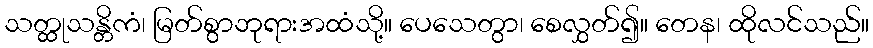
သတ္ထုသန္တိကံ၊ မြတ်စွာဘုရားအထံသို့။ ပေသေတွာ၊ စေလွှတ်၍။ တေန၊ ထိုလင်သည်။